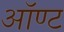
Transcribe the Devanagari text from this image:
ऑण्ट